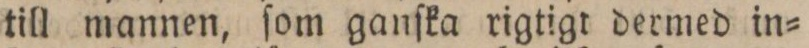
till mannen, ſom ganſka rigtigt dermed in=